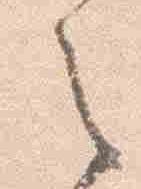
之